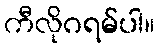
ကီလိုဂရမ်ပါ။